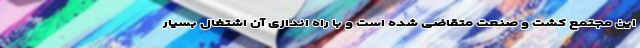
این مجتمع کشت و صنعت متقاضی شده است و با راه اندازی آن اشتغال بسیار